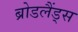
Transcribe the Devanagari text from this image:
ब्रोडलैंड्स